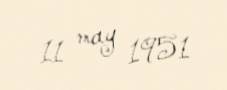
11 may 1951